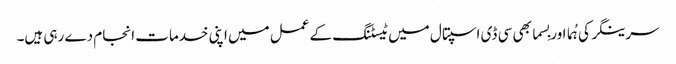
سرینگر کی ہُما اور بِسما بھی سی ڈی اسپتال میں ٹیسٹنگ کے عمل میں اپنی خدمات انجام دے رہی ہیں۔